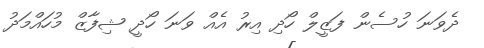
ދެވަނަ ހުސެން ފަޒީލް ހޯދި އިރު އެއް ވަނަ ހޯދީ ޝިފާޒް މުހައްމަދު